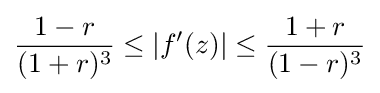
{1-r \over (1+r)^{3}}\leq |f^{\prime }(z)|\leq {1+r \over (1-r)^{3}}